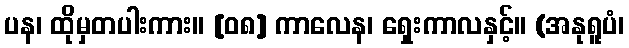
ပန၊ ထိုမှတပါးကား။ [၀၈] ကာလေန၊ ရှေးကာလနှင့်။ (အနုရူပံ၊